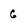
Character: G